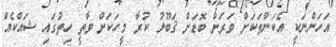
އަހަންނަކީ އެކަންތަކަށް ވަރަށް ބޮޑަށް ޤަބޫލު ކުރާ މީހަކަށް ވާތީ ހިތުގައި ޝައްކެއް